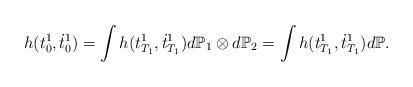
LaTeX: \begin{align*} h(t_0^1, \dot{t}_0^1) = \int h (t_{T_1}^1, \dot{t}_{T_1}^1)d \mathbb P_1 \otimes d\mathbb P_2 = \int h (t_{T_1}^1, \dot{t}_{T_1}^1)d \mathbb P. \end{align*}